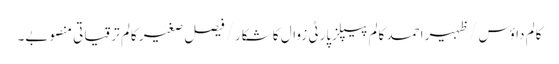
کالم	داؤس /ظہیر احمد	کالم	پیپلزپارٹی زوال کا شکار/فیصل صغیر کالم	ترقیاتی منصوبے۔